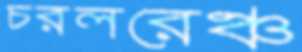
চরলরেঞ্চ